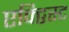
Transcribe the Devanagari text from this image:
एक्ट्विस्ट